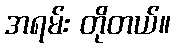
အရမ်း တိုတယ်။